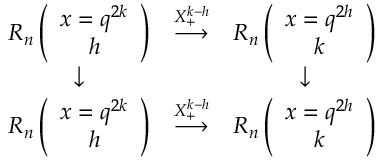
\begin{array} { c c c c c c c c c c c c c c } { { R _ { n } \left( \begin{array} { c } { { x = q ^ { 2 k } } } \\ { { h } } \end{array} \right) } } & { { \stackrel { X _ { + } ^ { k - h } } { \longrightarrow } } } & { { R _ { n } \left( \begin{array} { c } { { x = q ^ { 2 h } } } \\ { { k } } \end{array} \right) } } \\ { { \downarrow } } & { { } } & { { \downarrow } } \\ { { R _ { n } \left( \begin{array} { c } { { x = q ^ { 2 k } } } \\ { { h } } \end{array} \right) } } & { { \stackrel { X _ { + } ^ { k - h } } { \longrightarrow } } } & { { R _ { n } \left( \begin{array} { c } { { x = q ^ { 2 h } } } \\ { { k } } \end{array} \right) } } \end{array}